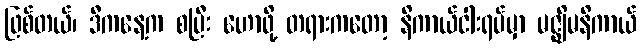
ဖြစ်တယ်၊ ဒီကနေ့က စပြီး ဟောဖို့ တရားကတော့ နိကာယ်ငါးရပ်မှာ မဇ္ဈိမနိကာယ်